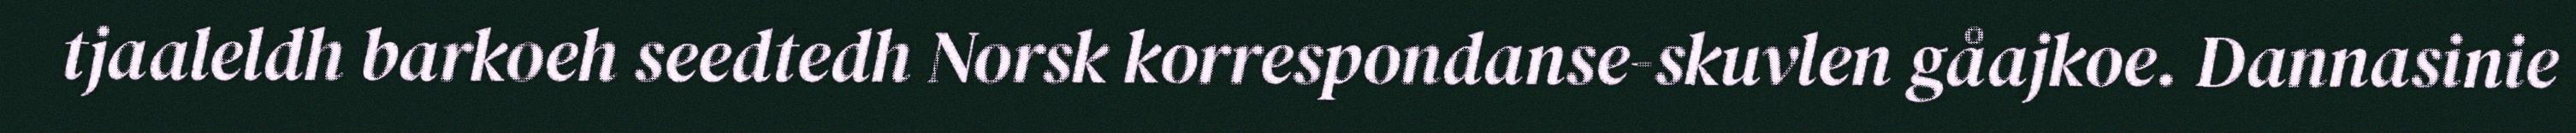
tjaaleldh barkoeh seedtedh Norsk korrespondanse-skuvlen gåajkoe. Dannasinie